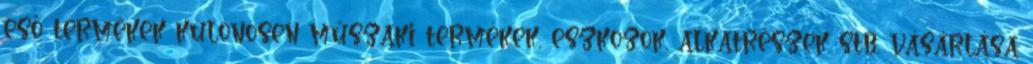
eső termékek különösen műszaki termékek, eszközök, alkatrészek stb. vásárlása